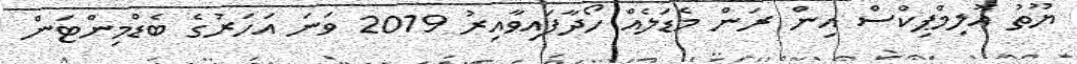
ޔޫތު އޮލިމްޕިކްސް އިން ރަން މެޑަލެއް ހޯދާފައިވާއިރު 2019 ވަނަ އަހަރުގެ ބެޑްމިންޓަން